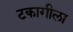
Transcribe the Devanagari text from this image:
टकागीला